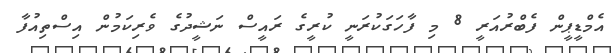
އެމްޑީޕީން ފެބްރުއަރީ 8 މި ފާހަގަކުރަނީ ކުރީގެ ރައީސް ނަޝީދުގެ ވެރިކަމުން އިސްތިއުފާ